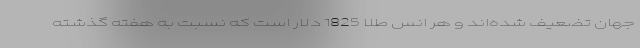
جهان تضعیف شده‌اند و هر انس طلا 1825 دلار است که نسبت به هفته گذشته